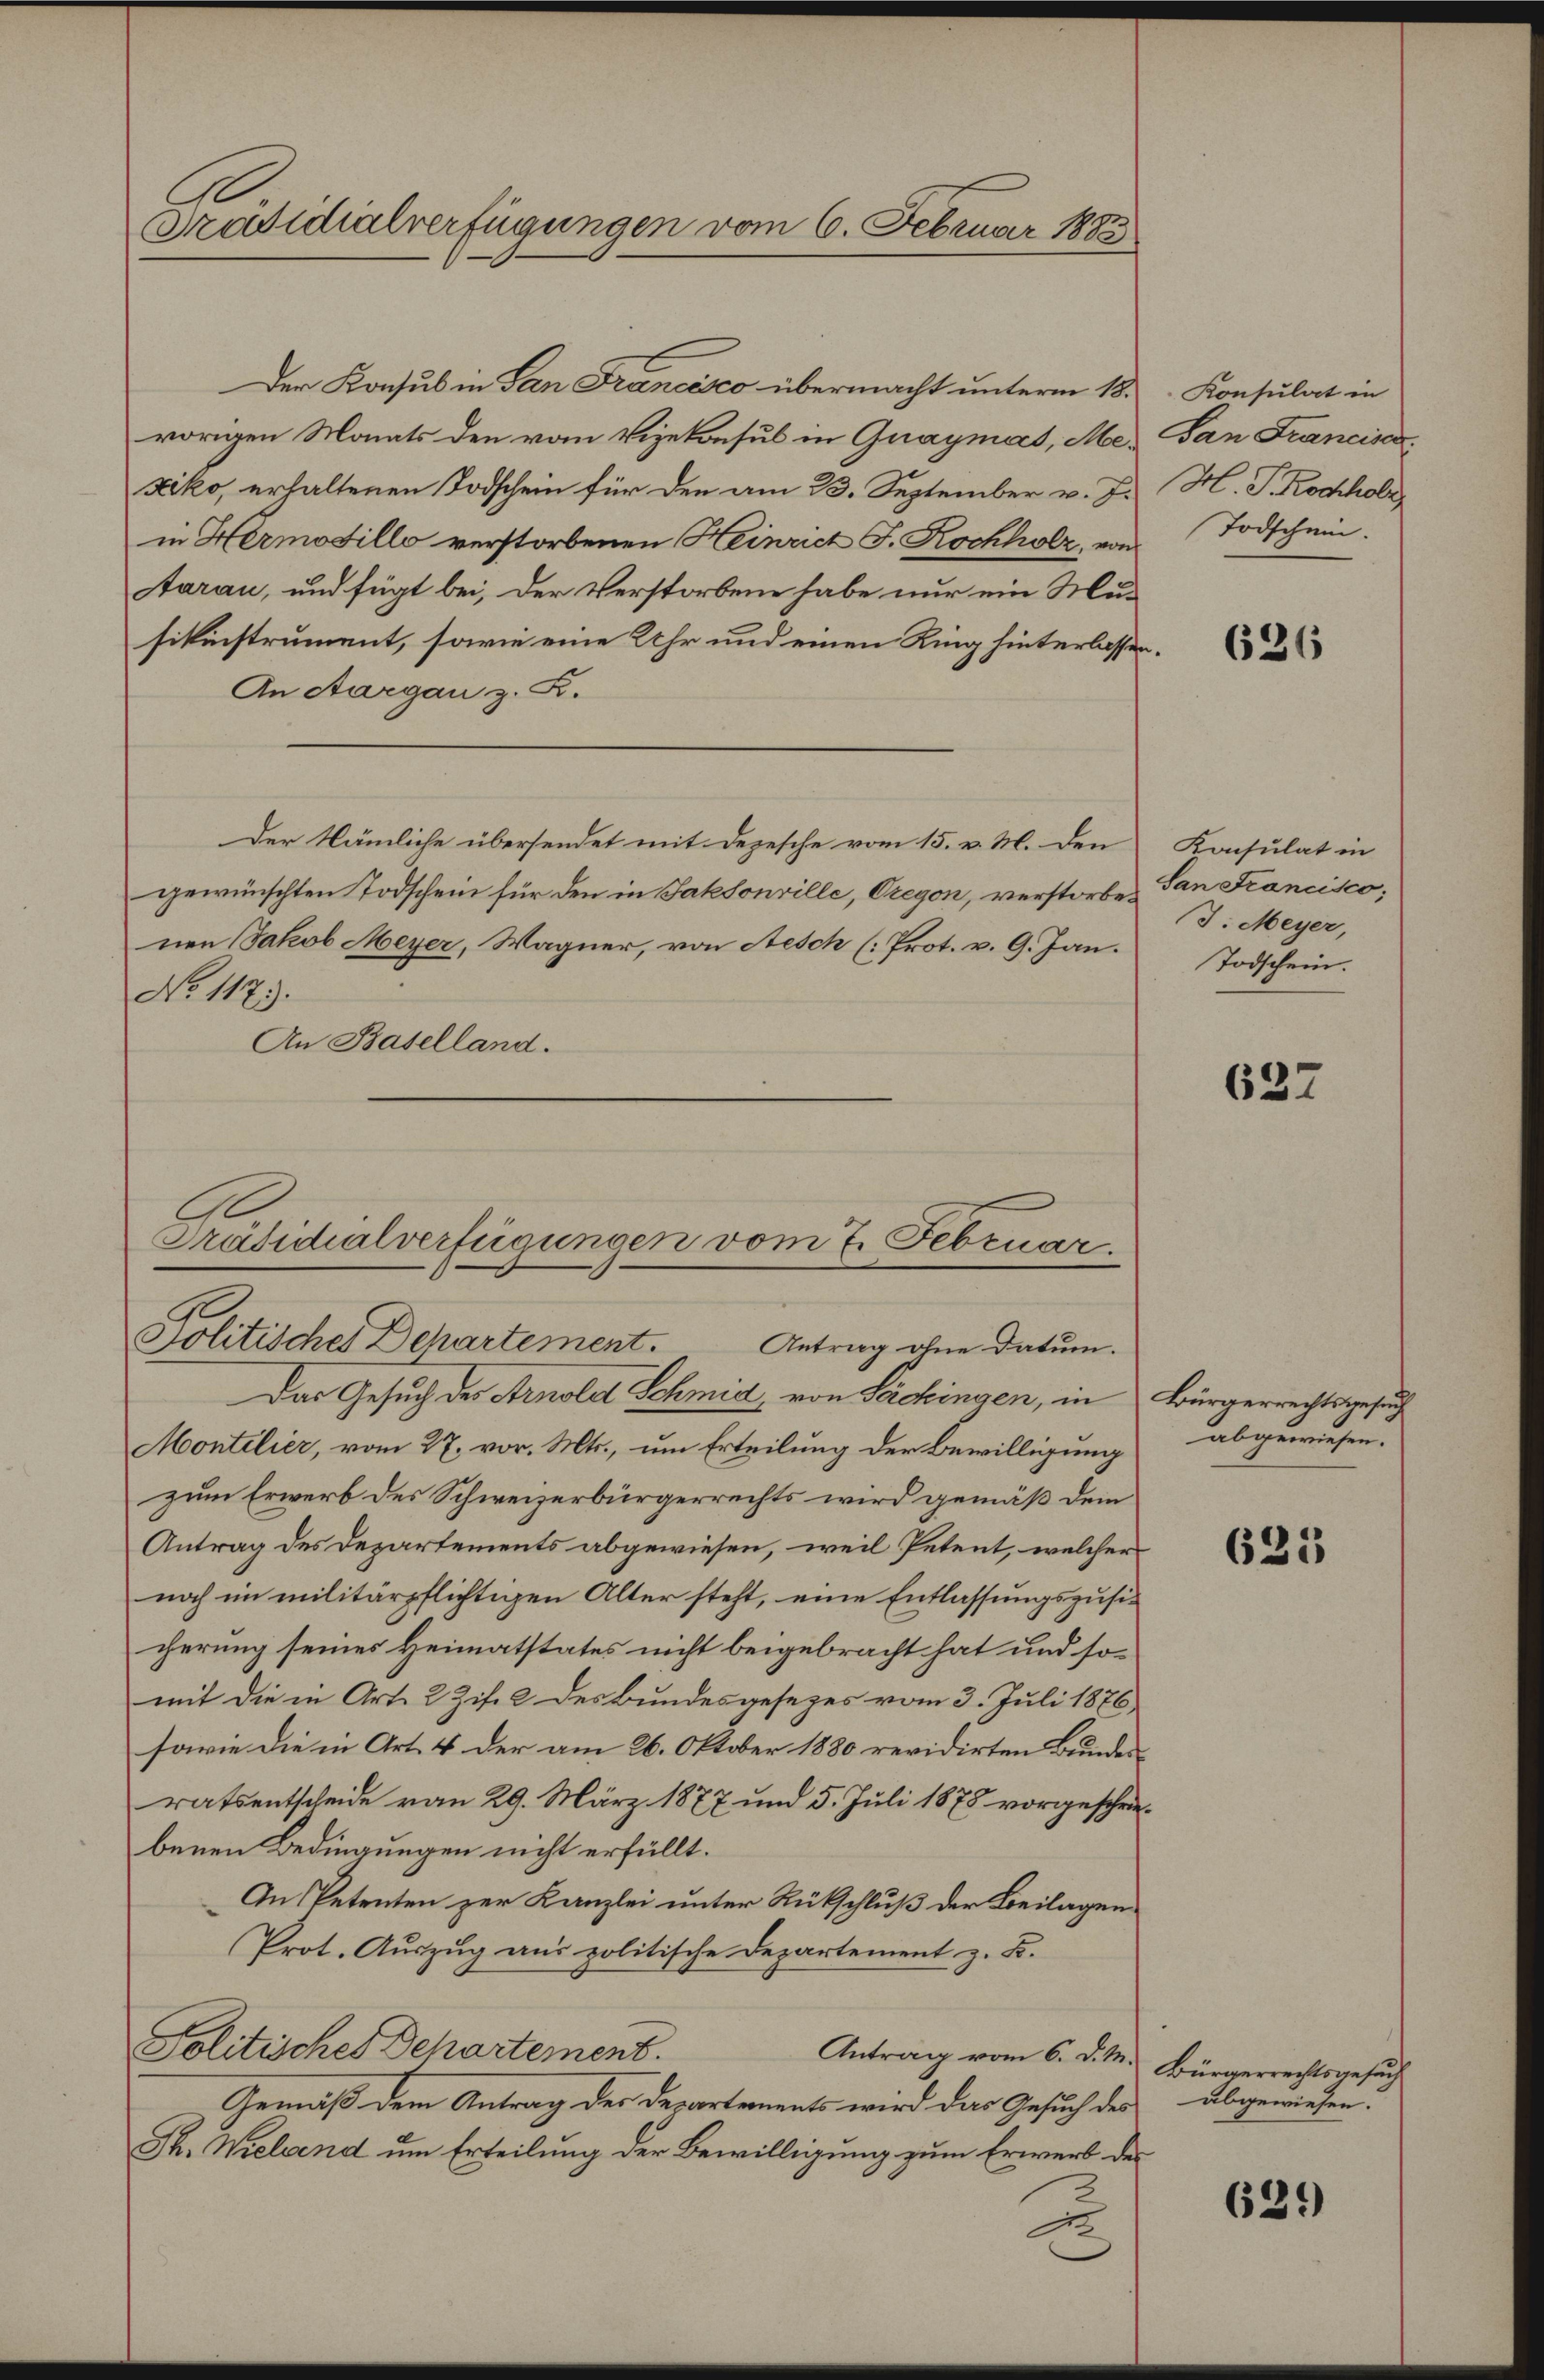
Präsidialverfügungen vom 6. Februar 1883

Der Konsus in San Francisco übermacht unterm 18.
vorigen Monats den vom Vizekonsul in Gnaymat, Me- San Francisc
xiko, erhaltenen Todschein für den am 23. September v. J.
in Hermodillo verstorbenen Heinrich F. Kochholz, von
Aarau, und fügt bei, der Verstorbene habe nur ein Musikinstrument, sowie eine Uhr und einen Ring hinterlasse
An Aargau z. B.
Der Nämliche übersendet mit Depesche vom 15. v. M. den
gewünschten Todschein für den in Jaksonrille, Dreyon, verstorbenen Jakob Meyer, Wagner, von Aesch (Prot. v. 9. Jan.
No 1173.
An Baselland.
Das Gesuch des Arnold Schmid, von Säckingen, in Bürgerrechtsgesuch
Montelier, vom 27. vor. Mts., um Erteilung der Bewilligung
zum Erwerb des Schweizerbürgerrechts wird gemäß dem
Antrag des Departements abgewiesen, weil Petent, welcher
noch im militärpflichtigen Alter steht, eine Entlassungszusicherung seines Heimatstates nicht beigebracht hat und somit die in Art. 2 Zif. 2 des Bundesgesezes vom 3. Juli 1876
sowie die in Art. 4 der am 26. Oktober 1880 revidirten Bundesratsentscheide vom 29. März 1877 und 5. Juli 1875 vorgeschre
benen Bedingungen nicht erfüllt.
An Petenten zur Kanzlei unter Rückschluß der Beilagen
Prot. Aŭszŭg ans politische Departement z. B.
Politisches Departement.
Antrag vom 6. d. M.
Gemäß dem Antrag der Departements wird das Gesuch des
Th. Wieland um Erteilung der Bewilligung zum Erwerb des
u

Präsidialverfügungen vom 7. Februar
Politisches Dehartement. Antrag ohne Datum.

Konsulat in
H. PRockholz
Todschein.

626

Konsulat in
San Francisco,
J. Meyer,
Todschein.

637

abgewiesen.

635

Bürgerrechtsgesuch
abgewiesen.

639)